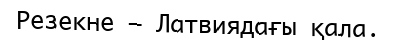
Резекне — Латвиядағы қала.